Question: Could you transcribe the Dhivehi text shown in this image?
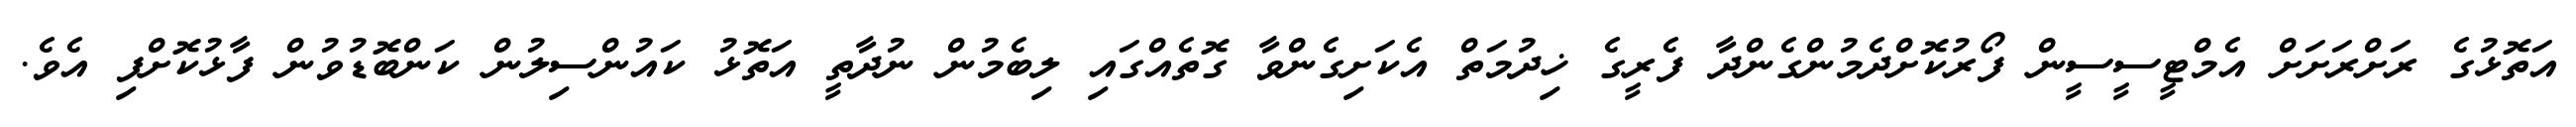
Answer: އަތޮޅުގެ ރަށްރަށަށް އެމްޓީސީސީން ފޯރުކޮށްދެމުންގެންދާ ފެރީގެ ޚިދުމަތް އެކަށިގެންވާ ގޮތެއްގައި ލިބެމުން ނުދާތީ އަތޮޅު ކައުންސިލުން ކަންބޮޑުވުން ފާޅުކޮށްފި އެވެ.